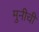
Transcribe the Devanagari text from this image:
मुनीची